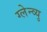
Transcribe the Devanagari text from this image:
ग्लेन्व्यु